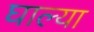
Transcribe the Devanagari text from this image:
घाल्या